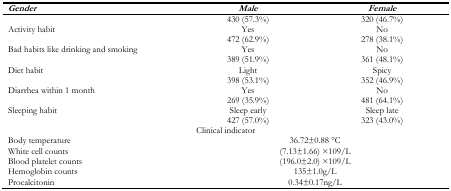
<table><thead><tr><td><b><i>Gender</i></b></td><td><b><i>Male</i></b></td><td><b><i>Female</i></b></td></tr></thead><tbody><tr><td rowspan="2">Activity habit</td><td>430 (57.3%)</td><td>320 (46.7%)</td></tr><tr><td>Yes</td><td>No</td></tr><tr><td rowspan="2">Bad habits like drinking and smoking</td><td>472 (62.9%)</td><td>278 (38.1%)</td></tr><tr><td>Yes</td><td>No</td></tr><tr><td rowspan="2">Diet habit</td><td>389 (51.9%)</td><td>361 (48.1%)</td></tr><tr><td>Light</td><td>Spicy</td></tr><tr><td rowspan="2">Diarrhea within 1 month</td><td>398 (53.1%)</td><td>352 (46.9%)</td></tr><tr><td>Yes</td><td>No</td></tr><tr><td rowspan="2">Sleeping habit</td><td>269 (35.9%)</td><td>481 (64.1%)</td></tr><tr><td>Sleep early</td><td>Sleep late</td></tr><tr><td></td><td>427 (57.0%)</td><td>323 (43.0%)</td></tr><tr><td colspan="3">Clinical indicator</td></tr><tr><td>Body temperature</td><td colspan="2">36.72±0.88 °C</td></tr><tr><td>White cell counts</td><td colspan="2">(7.13±1.66) ×109/L</td></tr><tr><td>Blood platelet counts</td><td colspan="2">(196.0±2.0) ×109/L</td></tr><tr><td>Hemoglobin counts</td><td colspan="2">135±1.0g/L</td></tr><tr><td>Procalcitonin</td><td colspan="2">0.34±0.17ng/L</td></tr></tbody></table>